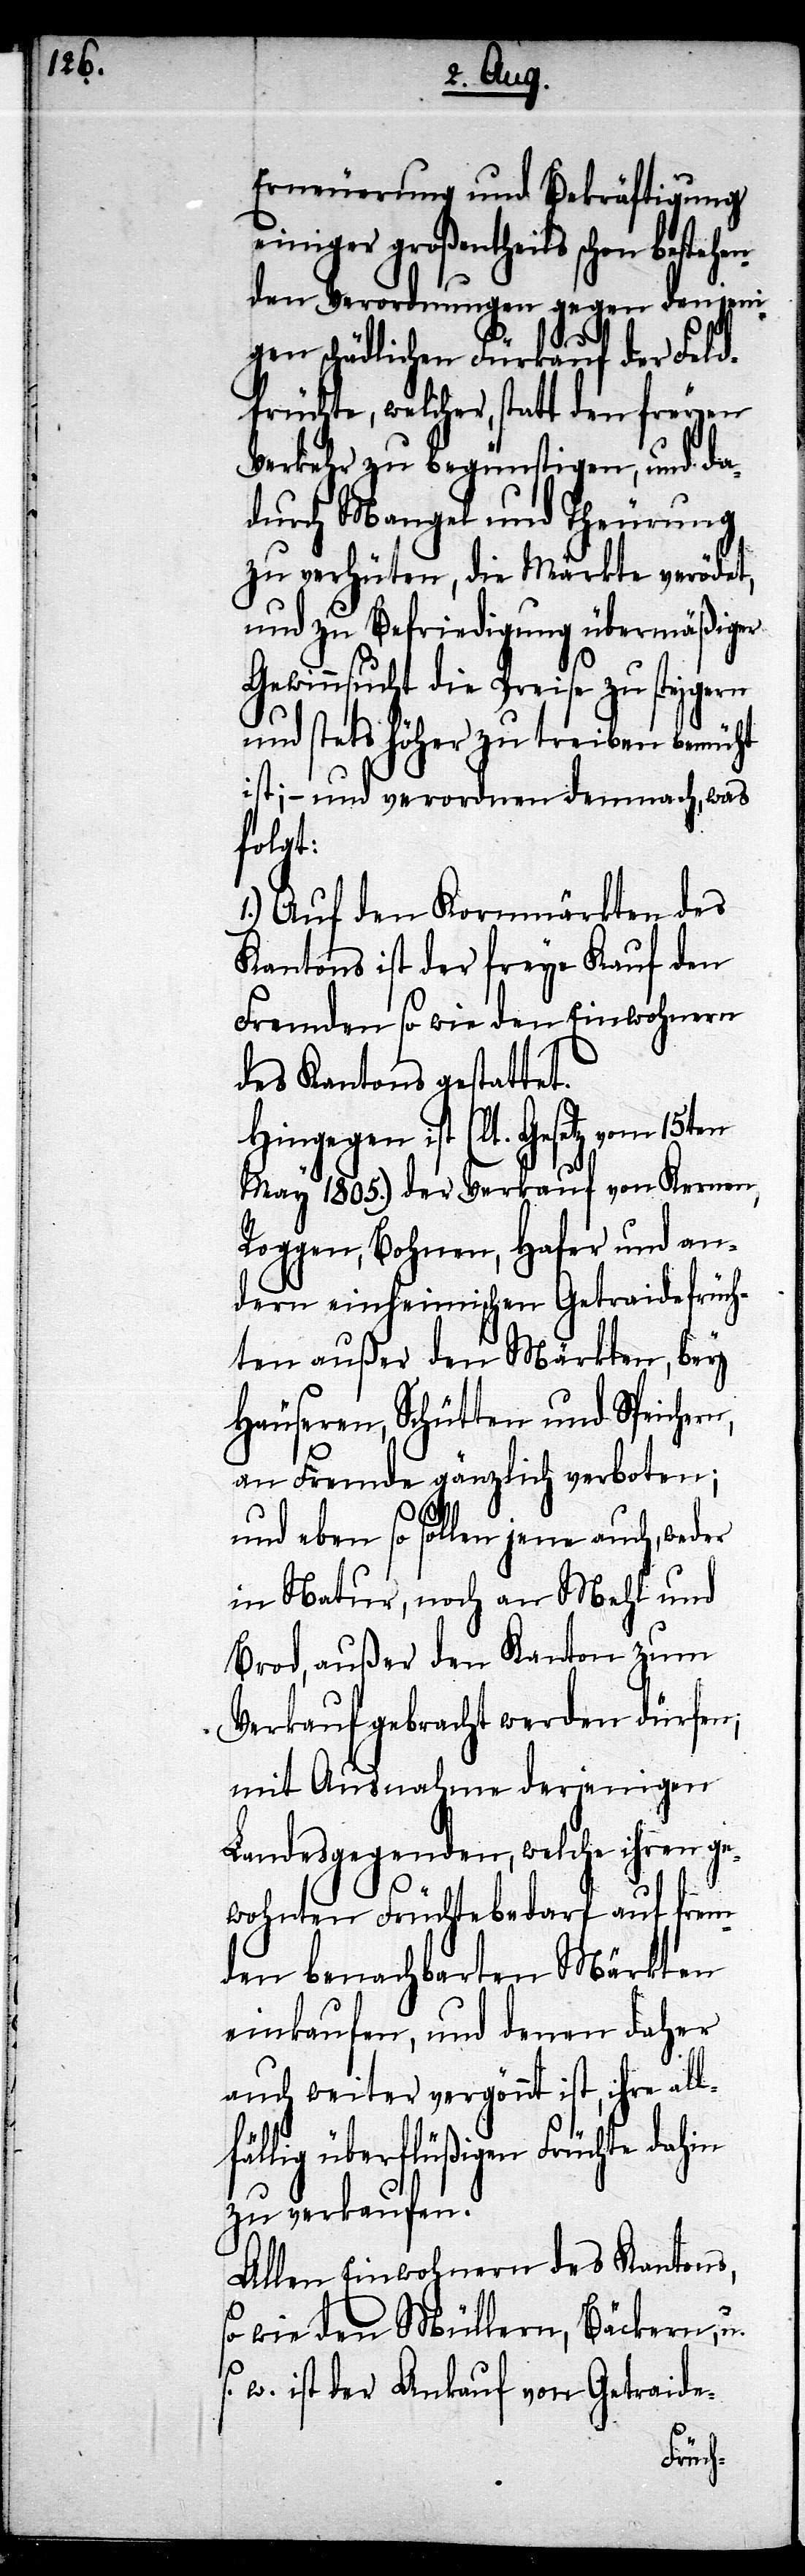
Erneuerung und Bekräftigung
einiger großentheils schon bestehen
den Verordnungen gegen denjeni¬
gen schädlichen Fürkauf der Feld¬
früchte, welcher, statt den freyen
Verkehr zu begünstigen, und da¬
durch Mangel und Theurung
zu verhüten, die Märkte verödet,
und zu Befriedigung übermäßiger
Gewinnsucht die Preise zu steigern
und stets höher zu treiben bemüht
ist; – und verordnen demnach, was
folgt:
1.) Auf den Kornmärkten des
Kantons ist der freye Kauf den
Fremden so wie den Einwohnern
des Kantons gestattet.
Hingegen ist (lt. Gesetz vom
May 1805.) der Verkauf von Kernen,
Roggen, Bohnen, Hafer und an¬
dern einheimischen Getraidefrüch¬
ten außer den Märkten, bey
Häuseren, Schütten und Speichern,
an Fremde gänzlich verboten;
und eben so sollen jene auch, weder
in Natur, noch an Mehl und
Brod, außer den Kanton zum
Verkauf gebracht werden dürfen;
mit Ausnahme derjenigen
Landesgegenden, welche ihren ge¬
wohnten Früchtebedarf auf frem¬
den benachbarten Märkten
einkaufen, und denen daher
auch weiter vergönnt ist, ihre all¬
fällig überflüßigen Früchte dahin
zu verkaufen.
Allen Einwohnern des Kantons,
so wie den Müllern, Bäckern, u.
w. ist der Ankauf von Getraide-